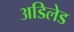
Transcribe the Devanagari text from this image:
अडिलेड